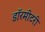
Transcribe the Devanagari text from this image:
डॉरमीटरी